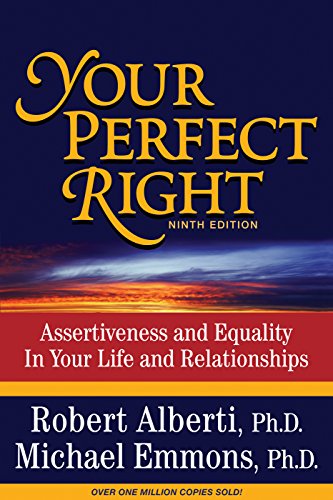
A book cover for Your Perfect Right: Assertiveness and Equality in Your Life and Relationships (9th Edition); Robert E. Alberti; Self-Help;